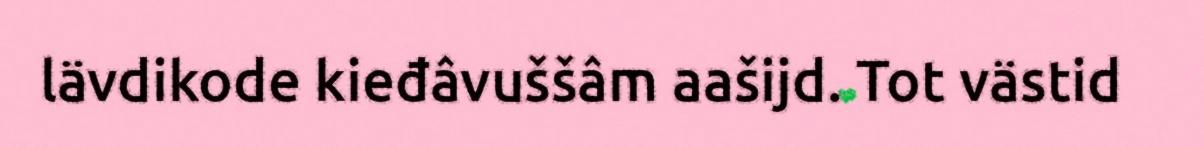
lävdikode kieđâvuššâm aašijd. Tot västid